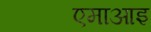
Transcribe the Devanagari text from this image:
एमाआइ